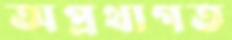
অপ্রথাগত